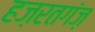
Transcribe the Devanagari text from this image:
हज़रतगंज़